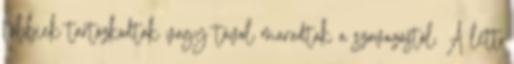
többiek tartózkodtak vagy távol maradtak a szavazástól. A lett